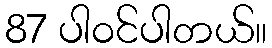
87 ပါ၀င်ပါတယ်။